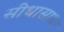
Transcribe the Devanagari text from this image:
सीधासाधा